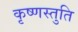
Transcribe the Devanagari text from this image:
कृष्णस्तुति